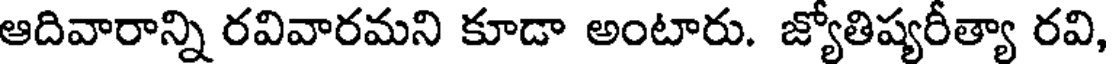
ఆదివారాన్ని రవివారమని కూడా అంటారు. జ్యోతిష్యరీత్యా రవి,